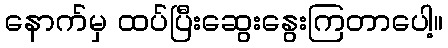
နောက်မှ ထပ်ပြီးဆွေးနွေးကြတာပေါ့။